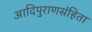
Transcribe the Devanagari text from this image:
आदिपुराणसंहिता